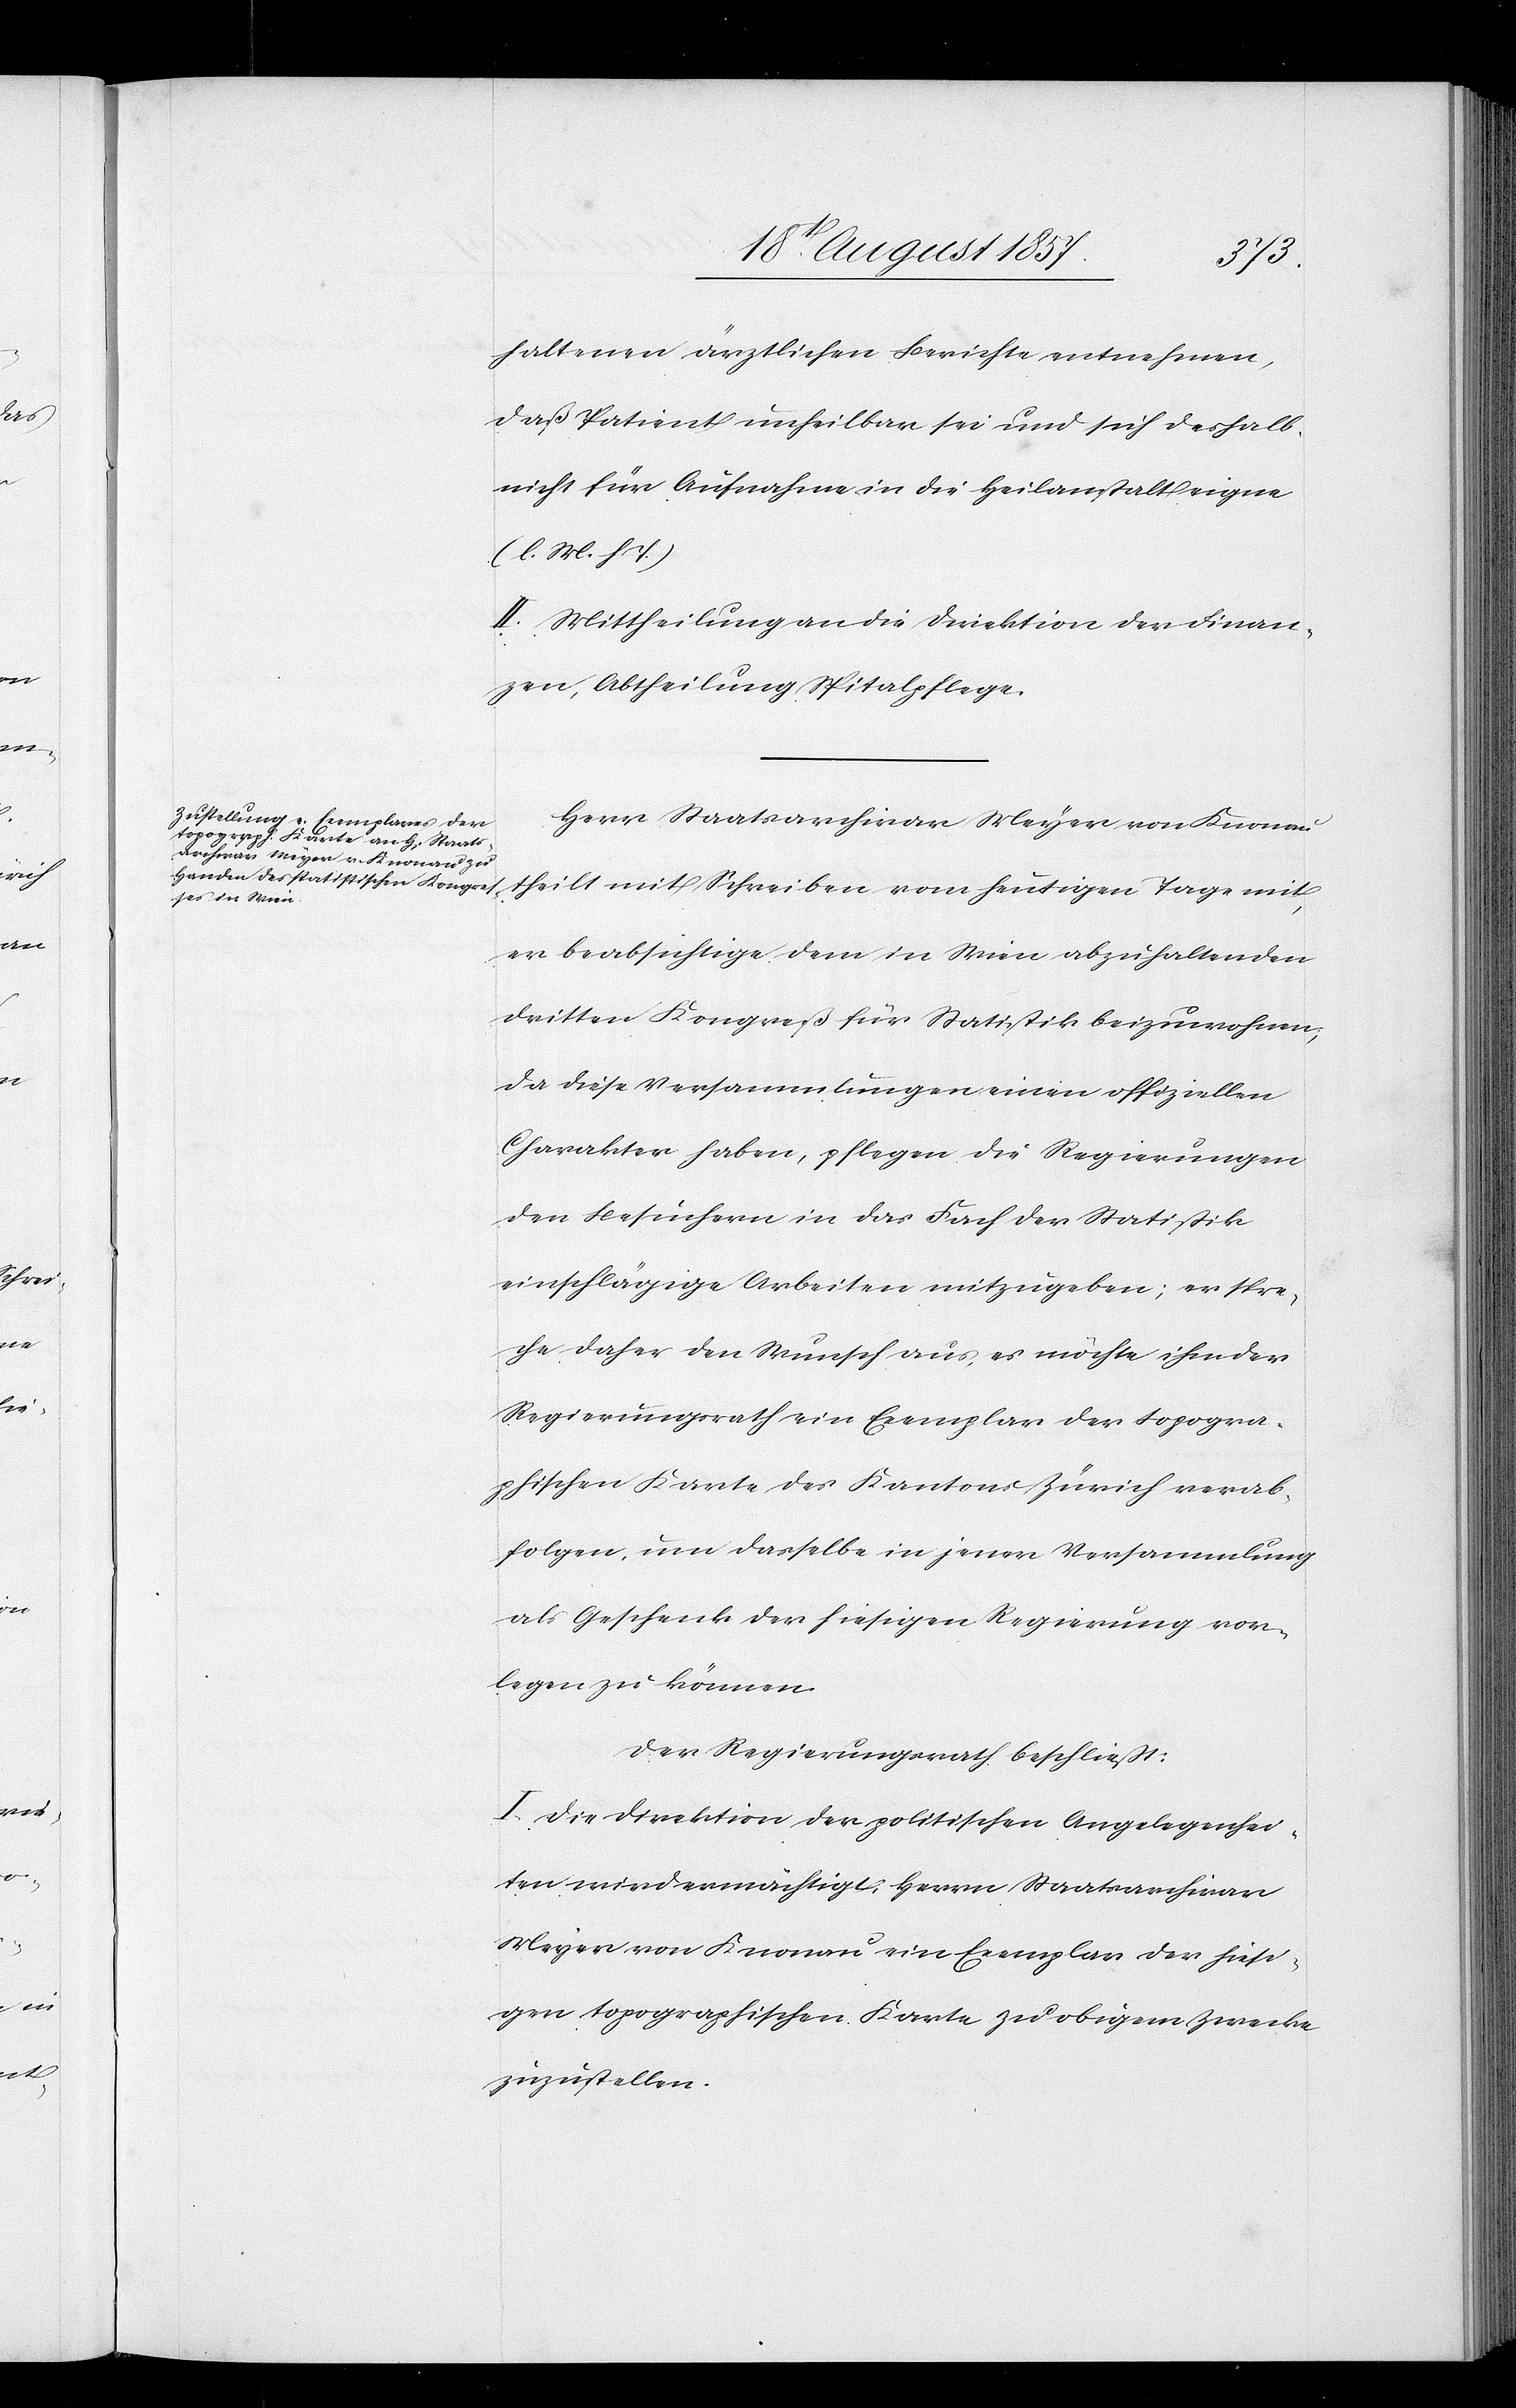
haltenen ärztlichen Berichte entnehmen,
daß Patient unheilbar sei und sich deshalb
nicht für Aufnahme in die Heilanstalt eigne.
[l. M. h.
II. Mittheilung an die Direktion der Finan¬
zen, Abtheilung Spitalpflege.
Herr Staatsarchivar Meyer von Knonau
theilt mit Schreiben vom heutigen Tage mit,
er beabsichtige dem in Wien abzuhaltenden
dritten Kongresses für Statistik beizuwohnen,
da diese Versammlungen einen offiziellen
Charakter haben, pflegen die Regierungen
den Besuchern in das Fach der Statistik
einschlägige Arbeiten mitzugeben; er spre¬
che daher den Wunsch aus, es möchte ihm der
Regierungsrath ein Exemplar der topogra¬
phischen Karte des Kantons Zürich verab¬
folgen, um dasselbe in jener Versammlung
als Geschenk der hiesigen Regierung vor¬
legen zu können.
Der Regierungsrath beschließt:
I. Die Direktion der politischen Angelegenhei¬
ten wird ermächtigt, Herrn Staatsarchivar
Meyer von Knonau ein Exemplar der hiesi¬
gen topographischen Karte zu obigem Zwecke
zuzustellen.